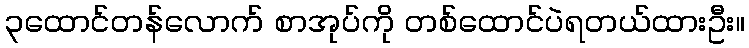
၃ထောင်တန်လောက် စာအုပ်ကို တစ်ထောင်ပဲရတယ်ထားဦး။